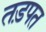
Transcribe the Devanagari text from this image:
तड़पत